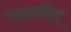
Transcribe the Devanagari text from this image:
कातीव